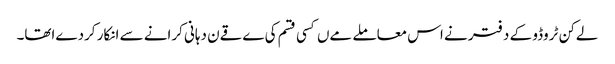
لےکن ٹروڈو کے دفتر نے اس معاملے مےں کسی قسم کی ےقےن دہانی کرانے سے انکار کردےاتھا۔